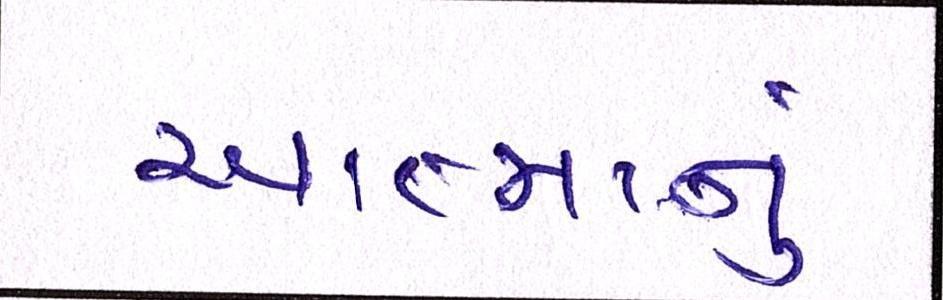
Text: આત્માનું